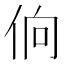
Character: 𰁼